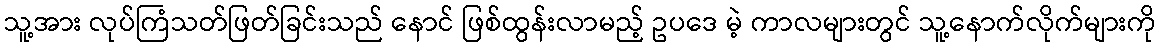
သူ့အား လုပ်ကြံသတ်ဖြတ်ခြင်းသည် နောင် ဖြစ်ထွန်းလာမည့် ဥပဒေ မဲ့ ကာလများတွင် သူ့နောက်လိုက်များကို